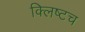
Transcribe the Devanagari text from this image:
क्लिष्टच